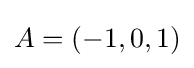
A=(-1,0,1)